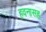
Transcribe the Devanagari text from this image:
हवनासह